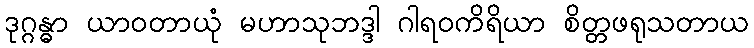
ဒုဂ္ဂန္ဓာ ယာဝတာယုံ မဟာသုဘဒ္ဒါ ဂါရဝကိရိယာ စိတ္တဖရုသတာယ